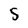
Character: S